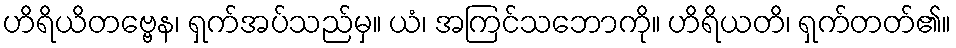
ဟိရိယိတဗ္ဗေန၊ ရှက်အပ်သည်မှ။ ယံ၊ အကြင်သဘောကို။ ဟိရိယတိ၊ ရှက်တတ်၏။